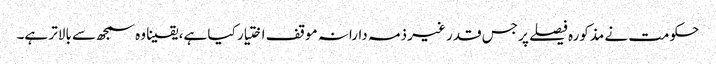
حکومت نے مذکورہ فیصلے پر جس قدر غیر ذمہ دارانہ موقف اختیار کیا ہے، یقینا وہ سمجھ سے بالاتر ہے۔